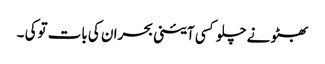
بھٹو نے چلو کسی آئینی بحران کی بات توکی ۔